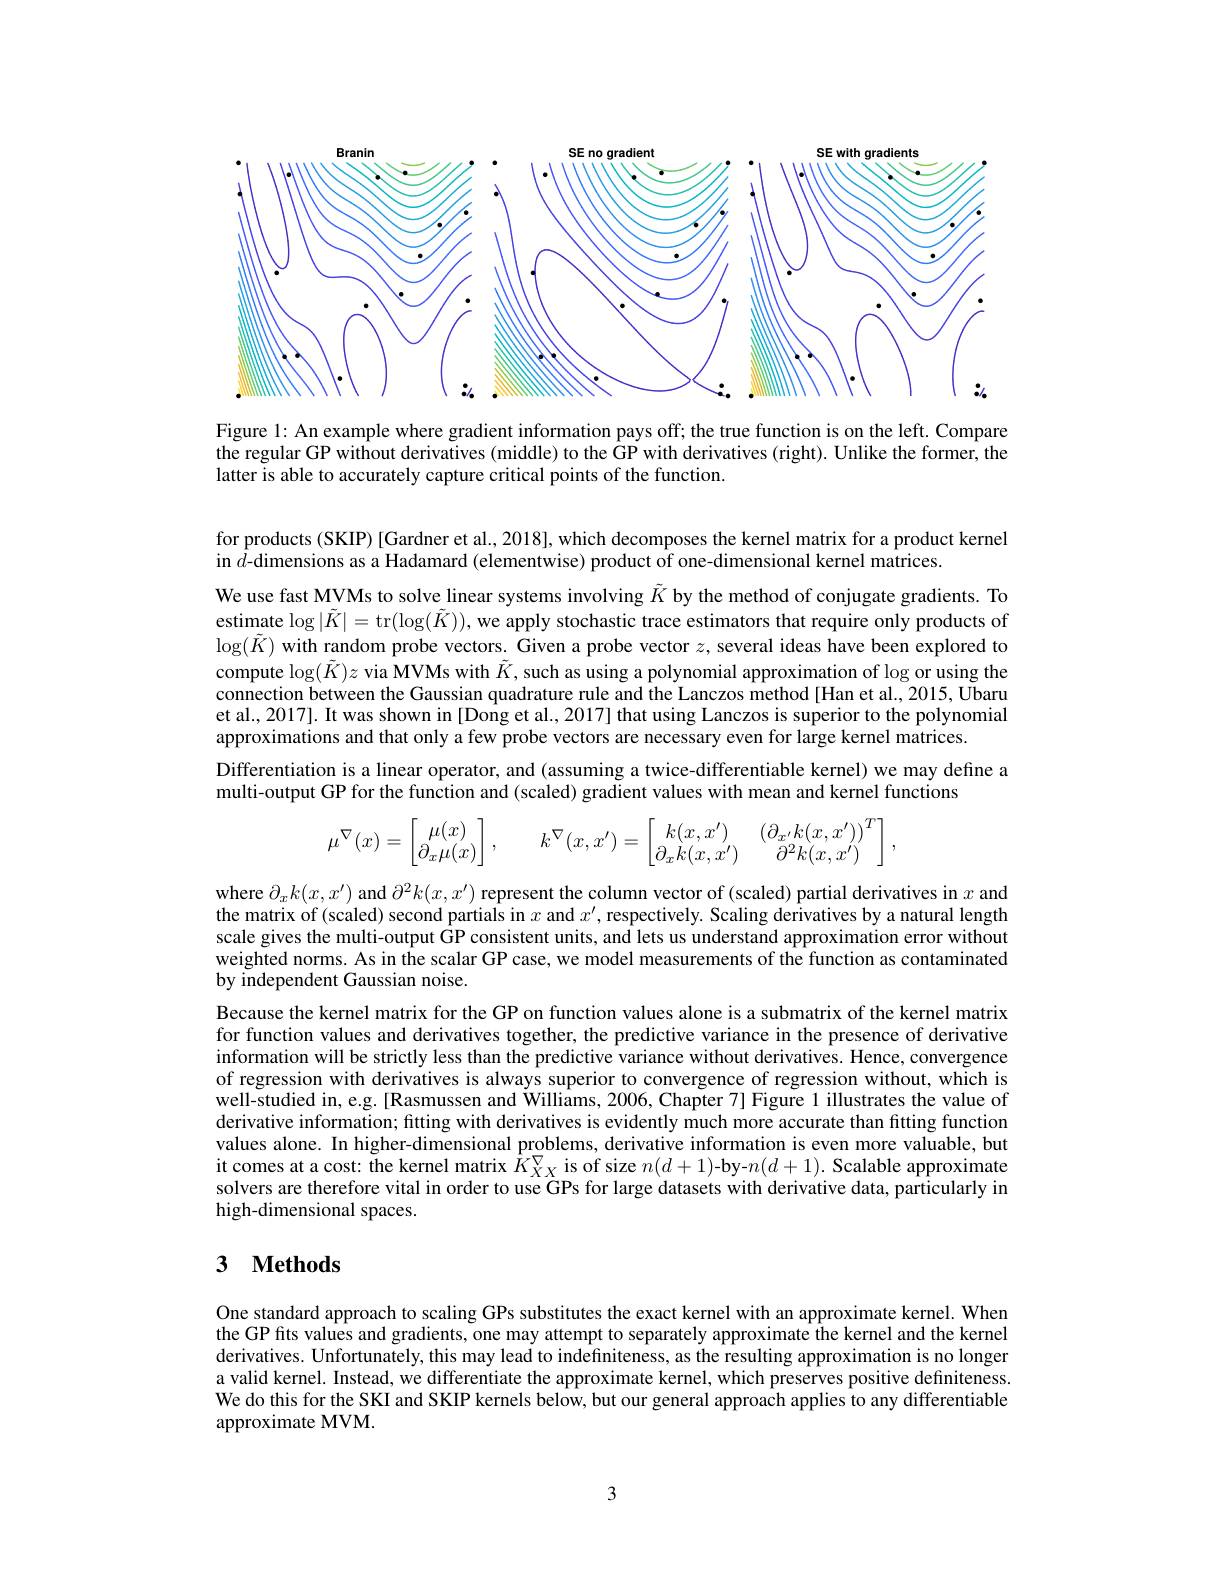
<FigureHere>

Figure 1: An example where gradient information pays off; the true function is on the left. Compare the regular GP without derivatives (middle) to the GP with derivatives (right). Unlike the former, the latter is able to accurately capture critical points of the function.

for products (SKIP) [Gardner et al., 2018], which decomposes the kernel matrix for a product kernel
in $\hat{d}$-dimensions as a Hadamard (elementwise) product of one-dimensional kernel matrices.

We use fast MVMs to solve linear systems involving $\tilde{K}$ by the method of conjugate gradients. To estimate $\log|\tilde{K}|=$tr$(\log(\tilde{K}))$, we apply stochastic trace estimators that require only products of $\log(\tilde{K})$ with random probe vectors. Given a probe vector $z$, several ideas have been explored to compute $\log(\tilde{K})z$ via MVMs with $\tilde{K}$, such as using a polynomial approximation of $\log$ or using the connection between the Gaussian quadrature rule and the Lanczos method [Han et al.,2015, Ubaru et al., 2017]. It was shown in [Dong et al., 2017] that using Lanczos is superior to the polynomial approximations and that only a few probe vectors are necessary even for large kernel matrices.
Differentiation is a linear operator, and (assuming a twice-differentiable kernel) we may define a
multi-output GP for the function and (scaled) gradient values with mean and kernel functions
$$\mu^\nabla(x)=\begin{bmatrix}\mu(x)\\\partial_x\mu(x)\end{bmatrix},\quad k^\nabla(x,x')=\begin{bmatrix}k(x,x')&&\left(\partial_{x'}k(x,x')\right)^T\\\partial_xk(x,x')&&\partial^2k(x,x')\end{bmatrix},$$
where $\partial_xk(x,x^{\prime})$ and $\partial^2k(x,x^{\prime})$ represent the column vector of (scaled) partial derivatives in $x$ and the matrix of (scaled) second partials in $x$ and $x^\prime$,respectively. Scaling derivatives by a natural length scale gives the multi-output GP consistent units, and lets us understand approximation error without weighted norms. As in the scalar GP case, we model measurements of the function as contaminated by independent Gaussian noise.
Because the kernel matrix for the GP on function values alone is a submatrix of the kernel matrix for function values and derivatives together, the predictive variance in the presence of derivative information will be strictly less than the predictive variance without derivatives. Hence, convergence of regression with derivatives is always superior to convergence of regression without, which is well-studied in, e.g. [Rasmussen and Williams, 2006, Chapter 7] Figure 1 illustrates the value of derivative information; fitting with derivatives is evidently much more accurate than fitting function values alone. In higher-dimensional problems, derivative information is even more valuable, but it comes at a cost: the kernel matrix $K_{XX}^\nabla$ is of size $n(d+1)$-by-$n(d+1).$ Scalable approximate solvers are therefore vital in order to use GPs for large datasets with derivative data, particularly in high-dimensional spaces.

# 3 $\textbf{Methods}$

One standard approach to scaling GPs substitutes the exact kernel with an approximate kernel. When the GP fits values and gradients, one may attempt to separately approximate the kernel and the kernel derivatives. Unfortunately, this may lead to indefiniteness, as the resulting approximation is no longer a valid kernel. Instead, we differentiate the approximate kernel, which preserves positive definiteness. We do this for the SKI and SKIP kernels below, but our general approach applies to any differentiable approximate MVM.

3